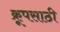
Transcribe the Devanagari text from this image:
क्रूपसाठी